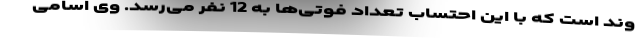
وند است که با این احتساب تعداد فوتی‌ها به 12 نفر می‌رسد. وی اسامی